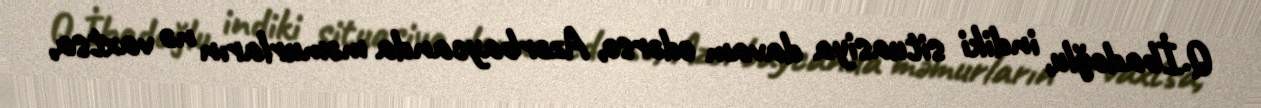
Q.İbadoğlu, indiki situasiya davam edərsə, Azərbaycanda məmurların nə vaxtsa,